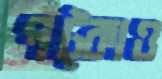
পট্‌কাও